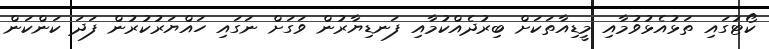
ކޯޓުގައި ތަޅުއެޅުވުމާއި މީޑިއާތަކަށް ބިރުދެއްކުމާއި ފަނޑިޔާރުން ވަގަށް ނަގައި ހައްޔަރުކުރުން ފަދަ ކަންކަން